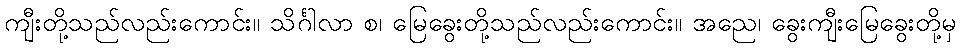
ကျီးတို့သည်လည်းကောင်း။ သိင်္ဂါလာ စ၊ မြေခွေးတို့သည်လည်းကောင်း။ အညေ၊ ခွေးကျီးမြေခွေးတို့မှ